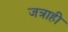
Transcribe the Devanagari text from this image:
जत्राही